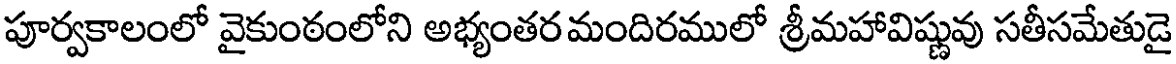
పూర్వకాలంలో వైకుంఠంలోని అభ్యంతర మందిరములో శ్రీమహావిష్ణువు సతీసమేతుడై